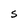
Character: S